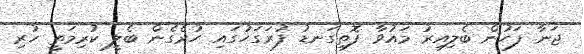
ޖަނާ ފަހުން ބެލިއިރު މައުވާ ފޮތިގަނޑު ފުރަގަހުގައި ހުރެގެން ބެލީ ކުރިމަތީ ހުރި